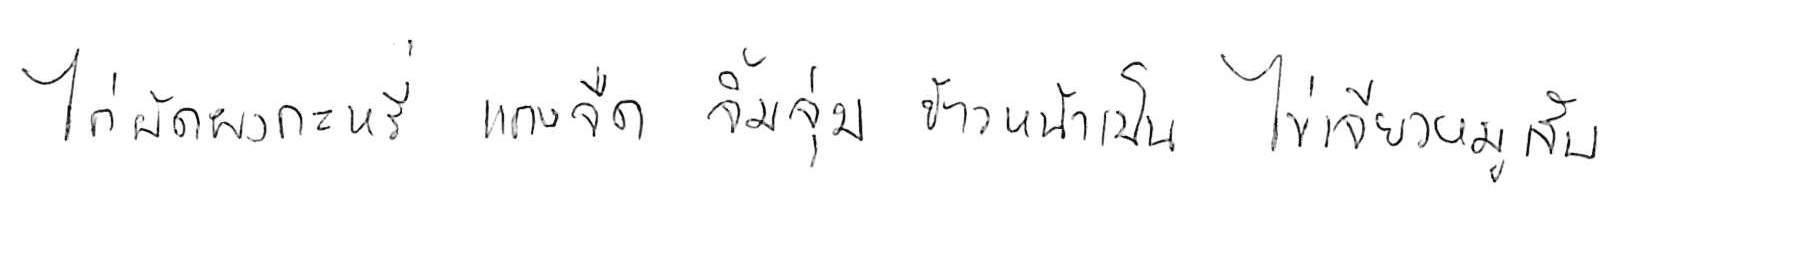
ไก่ผัดผงกะหรี่ แกงจืด จิ้มจุ่ม ข้าวหน้าเป็ด ไข่เจียวหมูสับ